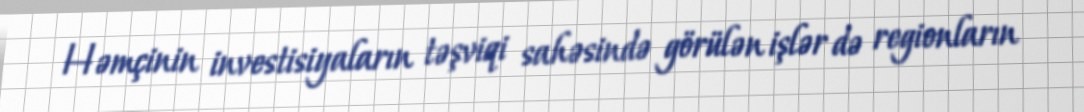
Həmçinin investisiyaların təşviqi sahəsində görülən işlər də regionların